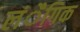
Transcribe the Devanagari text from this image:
लंैगिक